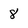
Character: 8